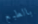
بالطبع